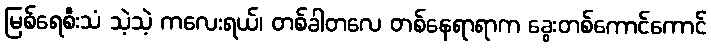
မြစ်ရေစီးသံ သဲ့သဲ့ ကလေးရယ်၊ တစ်ခါတလေ တစ်နေရာရာက ခွေးတစ်ကောင်ကောင်